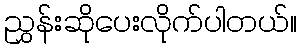
ညွှန်းဆိုပေးလိုက်ပါတယ်။